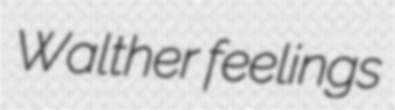
Walther feelings